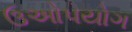
ઉઓપયોગ